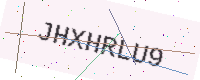
Text: JHXHRLU9